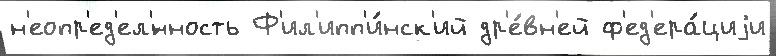
н'еопр'ед'ел'́нность Ф'ил'ипп'и́нск'ий др'е́вн'ей ф'ед'ера́циjи